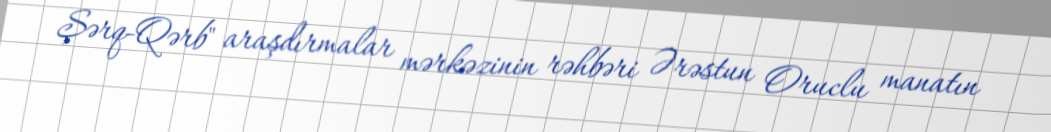
Şərq-Qərb" araşdırmalar mərkəzinin rəhbəri Ərəstun Oruclu manatın